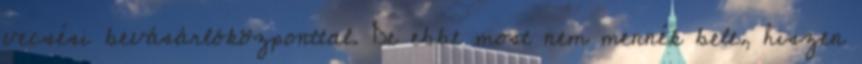
vecsési bevásárlóközponttal. De ebbe most nem mennék bele, hiszen